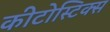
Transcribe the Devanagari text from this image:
कीटोस्टिक्स